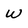
Character: W